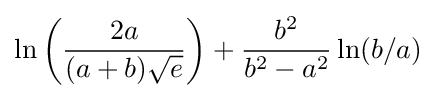
\ln \left({\frac {2a}{(a+b){\sqrt {e}}}}\right)+{\frac {b^{2}}{b^{2}-a^{2}}}\ln(b/a)